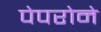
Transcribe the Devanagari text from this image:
पेपरोने